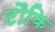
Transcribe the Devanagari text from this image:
टौकि